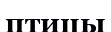
птицы